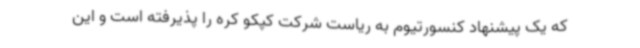
که یک پیشنهاد کنسورتیوم به ریاست شرکت کپکو کره را پذیرفته است و این